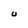
Character: U